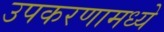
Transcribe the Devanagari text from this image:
उपकरणामध्ये